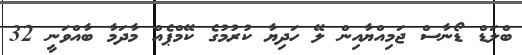
ބްލަޑް ޑޯނާސް ޖަމިއްޔާއިން ލޭ ހަދިޔާ ކުރުމުގެ ކޭމްޕެއް މާދަމާ ބާއްވަނީ 32